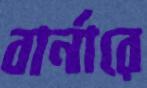
বার্নারে